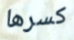
كسرها